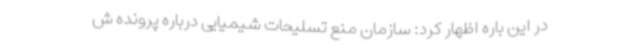
در این باره اظهار کرد: سازمان منع تسلیحات شیمیایی درباره پرونده ش